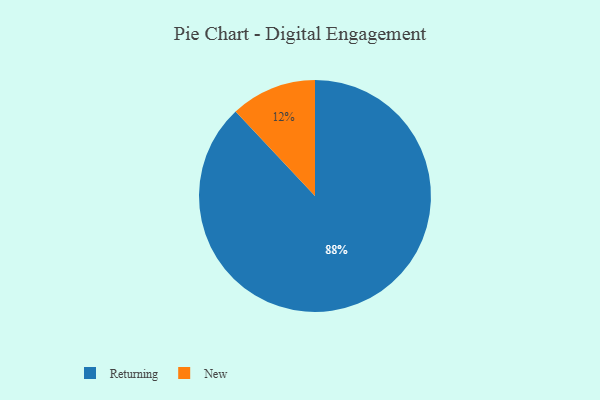
{"axis": {"x": "Category", "y": "Percentage"}, "legend": ["New", "Returning"], "data": [{"x": "Returning", "y": 88, "type": "Returning"}, {"x": "New", "y": 12, "type": "New"}]}